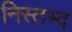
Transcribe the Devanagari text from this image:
निस्तभ्द